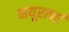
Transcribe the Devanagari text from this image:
मयूराणां